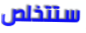
ستتخلص